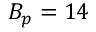
B _ { p } = 1 4